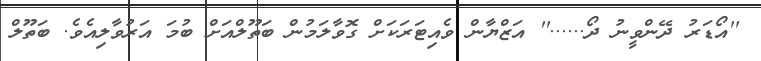
''އޯޑަރު ދޭންވީނު ދޯ......'' އަޒްޔާން ވެއިޓަރަކަށް ގޮވާލަމުން ބަތޫލްއަށް ބުމަ އަރުވާލިއެވެ. ބަތޫލް